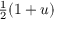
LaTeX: \textstyle { \frac { 1 } { 2 } } ( 1 + u )